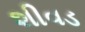
શીવડ